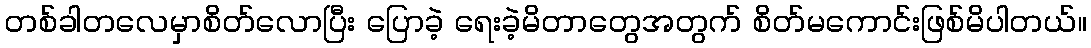
တစ်ခါတလေမှာစိတ်လောပြီး ပြောခဲ့ ရေးခဲ့မိတာတွေအတွက် စိတ်မကောင်းဖြစ်မိပါတယ်။